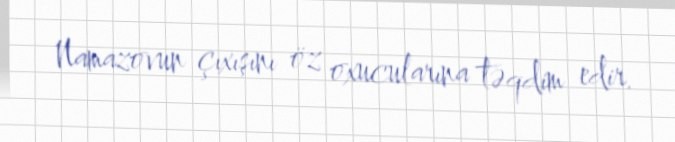
Namazovun çıxışını öz oxucularına təqdim edir.